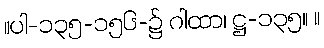
။ပါ-၁၃၅-၁၅၆-၌ ဂါထာ၊ ဋ္ဌ-၁၃၅။ ။